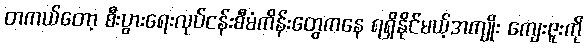
တကယ်တော့ စီးပွားရေးလုပ်ငန်းစီမံကိန်းတွေကနေ ရရှိနိုင်မယ့်အကျိုး ကျေးဇူးကို